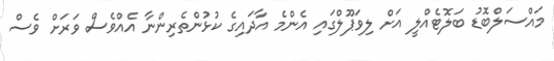
މައްސަލްބޮޑު ބަލޮޓެއްލީ އަށް ލިވަޕޫލްގައި އެންމެ އާދައިގެ ކުޅުންތެރިންނާ އެއްވެސް ވަރަށް ވެސް